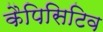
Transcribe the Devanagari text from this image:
कैपिसिटिव